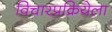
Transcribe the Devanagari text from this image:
विचारप्रक्रियेला